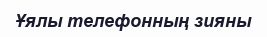
Ұялы телефонның зияны